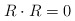
\begin{align*}R \cdot R = 0 \end{align*}